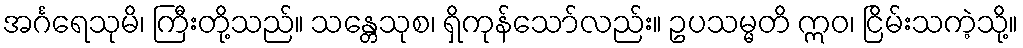
အင်္ဂရေသုမိ၊ ကြီးတို့သည်။ သန္တေသုစ၊ ရှိကုန်သော်လည်း။ ဥပသမ္မတိ ဣဝ၊ ငြိမ်းသကဲ့သို့။